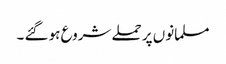
مسلمانوں پر حملے شروع ہو گئے ۔